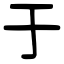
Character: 于